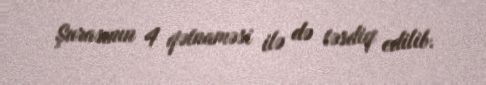
Şurasının 4 qətnaməsi ilə də təsdiq edilib.